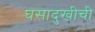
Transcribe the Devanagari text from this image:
घसादुखीची